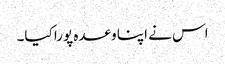
اس نے اپنا وعدہ پورا کیا۔